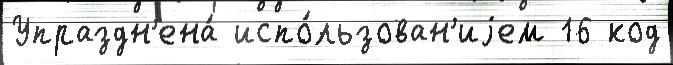
Упраздн'ена́ испо́льзован'иjем 16 код